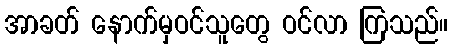
အာခတ် နောက်မှဝင်သူတွေ ဝင်လာ ကြသည်။